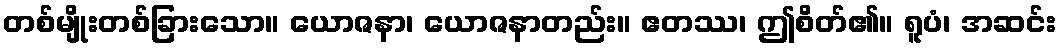
တစ်မျိုးတစ်ခြားသော။ ယောဇနာ၊ ယောဇနာတည်း။ ဧတဿ၊ ဤစိတ်၏။ ရူပံ၊ အဆင်း